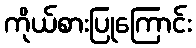
ကိုယ်စားပြုကြောင်း